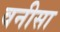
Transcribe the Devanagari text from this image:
वनीसा